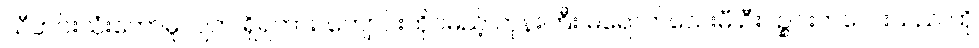
သီတင်းသုံးတော်မူလျက် ရှိရကား ၊ကျောင်းထိုင်မည့် ဘုန်းကြီး မရောက်သေးမီ ဦးပဉ္စင်းကလေးသည် ထို